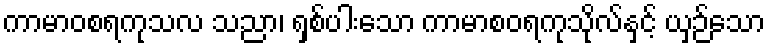
ကာမာဝစရကုသလ သညာ၊ ရှစ်ပါးသော ကာမာစဝရကုသိုလ်နှင့် ယှဉ်သော